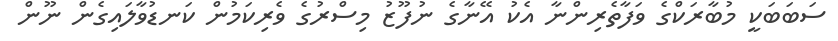
ސަބަބަކީ މުބާރަކްގެ ވަފާތެރިންނާ އެކު އޭނާގެ ނުފޫޒު މިސްރުގެ ވެރިކަމުން ކަނޑުވާލައިގެން ނޫން